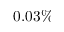
0 . 0 3 \%